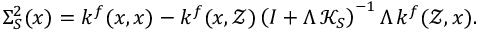
\Sigma _ { S } ^ { 2 } ( x ) = k ^ { f } ( x , x ) - k ^ { f } ( x , \mathcal { Z } ) \left( I + \Lambda \, \mathcal { K } _ { S } \right) ^ { - 1 } \Lambda \, k ^ { f } ( \mathcal { Z } , x ) .